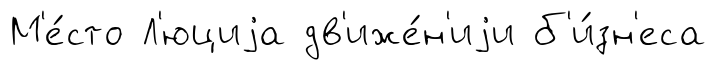
М'е́сто Л'юциjа дв'иже́н'иjи б'и́зн'еса